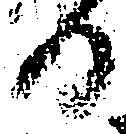
日